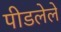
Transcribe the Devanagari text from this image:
पीडलेले